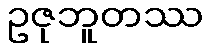
ဥဇုဘူတဿ